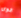
قوى